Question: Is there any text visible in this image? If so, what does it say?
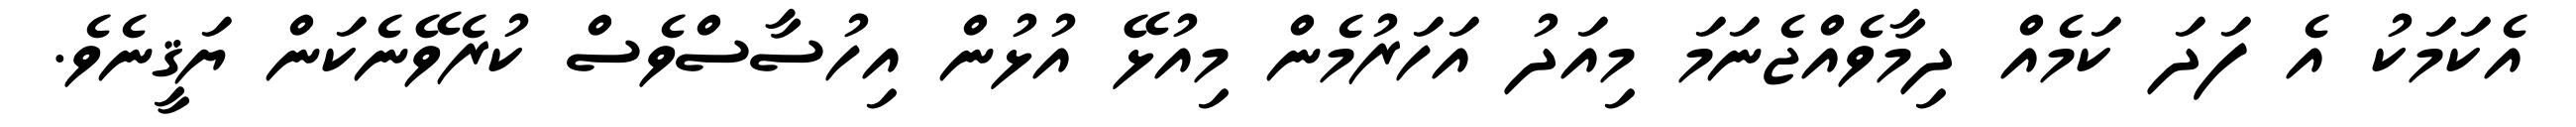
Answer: އެކަމަކު އެ ފަދަ ކަމެއް ދިމާވެއްޖެނަމަ މިއަދު އަހަރުމެން މިއުޅޭ އުޅުން އިހުސާސްވެސް ކުރެވޭނެކަން ޔަޤީނެވެ.